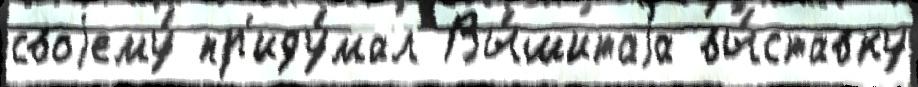
своjему́ пр'иду́мал Вы́шитаjа вы́ставку